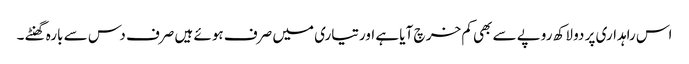
اس راہداری پر دو لاکھ روپے سے بھی کم خر چ آیا ہے اورتیاری میں صرف ہوئے ہیں صرف دس سے بارہ گھنٹے ۔